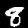
Digit: 8